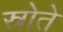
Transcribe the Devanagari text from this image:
स्रोते